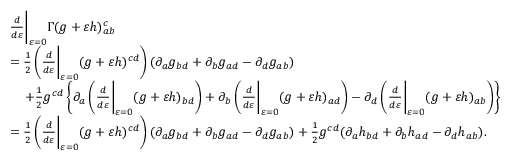
\begin{array} { r l } & { \frac { d } { d \varepsilon } \bigg \vert _ { \varepsilon = 0 } \Gamma ( g + \varepsilon h ) _ { a b } ^ { c } } \\ & { = \frac { 1 } { 2 } \left( \frac { d } { d \varepsilon } \bigg \vert _ { \varepsilon = 0 } ( g + \varepsilon h ) ^ { c d } \right) ( \partial _ { a } g _ { b d } + \partial _ { b } g _ { a d } - \partial _ { d } g _ { a b } ) } \\ & { \quad \, + \frac { 1 } { 2 } g ^ { c d } \left\{ \partial _ { a } \left( \frac { d } { d \varepsilon } \bigg \vert _ { \varepsilon = 0 } ( g + \varepsilon h ) _ { b d } \right) + \partial _ { b } \left( \frac { d } { d \varepsilon } \bigg \vert _ { \varepsilon = 0 } ( g + \varepsilon h ) _ { a d } \right) - \partial _ { d } \left( \frac { d } { d \varepsilon } \bigg \vert _ { \varepsilon = 0 } ( g + \varepsilon h ) _ { a b } \right) \right\} } \\ & { = \frac { 1 } { 2 } \left( \frac { d } { d \varepsilon } \bigg \vert _ { \varepsilon = 0 } ( g + \varepsilon h ) ^ { c d } \right) ( \partial _ { a } g _ { b d } + \partial _ { b } g _ { a d } - \partial _ { d } g _ { a b } ) + \frac { 1 } { 2 } g ^ { c d } ( \partial _ { a } h _ { b d } + \partial _ { b } h _ { a d } - \partial _ { d } h _ { a b } ) . } \end{array}